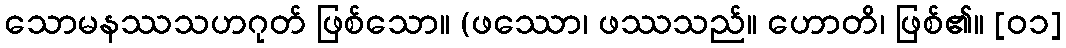
သောမနဿသဟဂုတ် ဖြစ်သော။ (ဖဿော၊ ဖဿသည်။ ဟောတိ၊ ဖြစ်၏။ [၀၁]